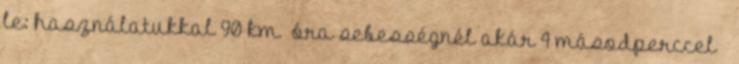
le: használatukkal 90 km óra sebességnél akár 4 másodperccel –